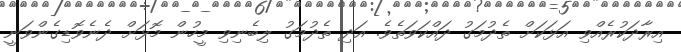
އިރާދަކުރެއްވި އަޅަކަށް ތެދުމަގު ދައްކަވަތެވެ. އަދި ތެދުމަގު ލިބެނިވި މީހުން މޮޅަށް ދެނެވޮޑިގެންވަނީ